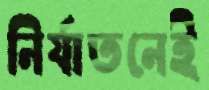
নির্যাতনেই